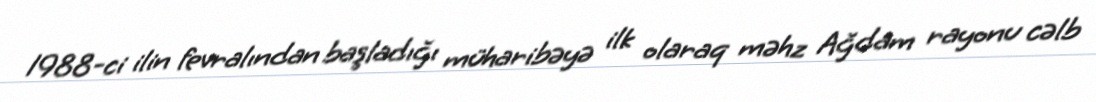
1988-ci ilin fevralından başladığı müharibəyə ilk olaraq məhz Ağdam rayonu cəlb